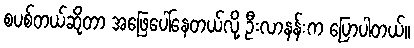
စပစ်တယ်ဆိုတာ အဖြေပေါ်နေတယ်လို့ ဦးလာနန်းက ပြောပါတယ်။